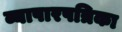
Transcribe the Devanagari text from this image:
व्यापारपत्रिका